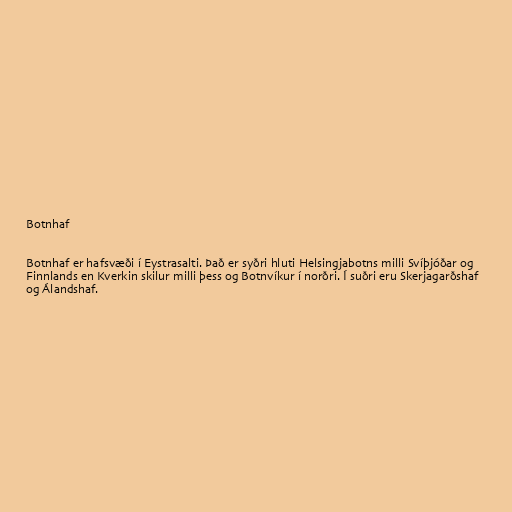
Botnhaf

Botnhaf er hafsvæði í Eystrasalti. Það er syðri hluti Helsingjabotns milli Svíþjóðar og
Finnlands en Kverkin skilur milli þess og Botnvíkur í norðri. Í suðri eru Skerjagarðshaf
og Álandshaf.